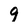
Character: 9